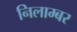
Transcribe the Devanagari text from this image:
निलाम्बर